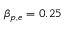
\beta _ { p , e } = 0 . 2 5